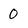
Character: 0